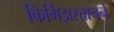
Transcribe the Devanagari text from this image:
किर्गिझस्तानने